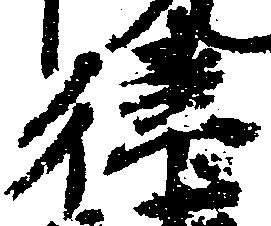
律